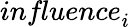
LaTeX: \textit{influence}_{i}